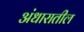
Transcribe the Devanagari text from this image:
अंधारातील